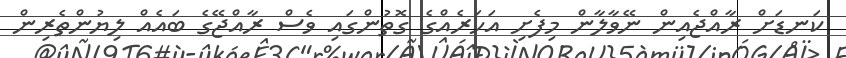
ކަނޑަށް ރާއްޖެއިން ނޭވާލާން މިފެށި އަހަރެއްގެ ގޮތުންގައި ވެސް ރާއްޖޭގެ ބައެއް ލިޔުންތެރިން